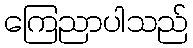
ကြေညာပါသည်